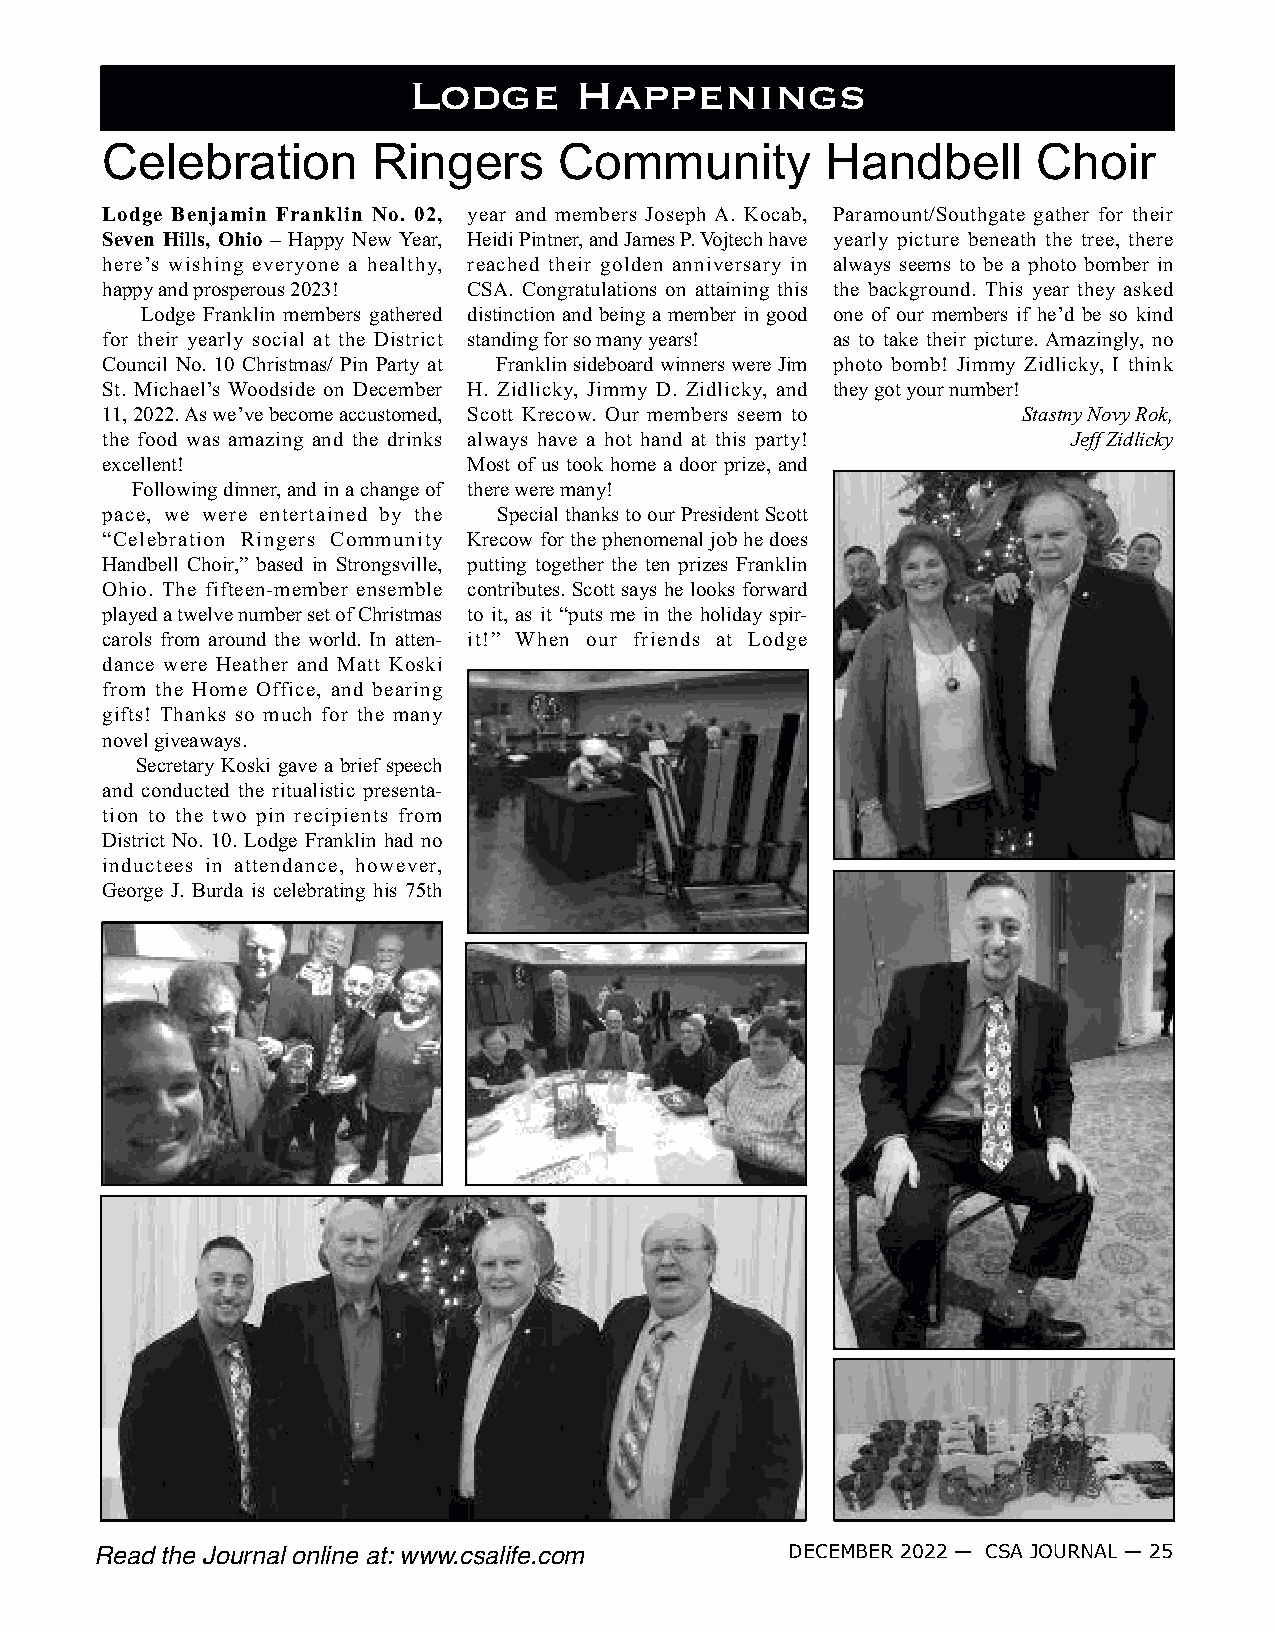
Lodge      Happenings
 Celebration       Ringers     Community         Handbell      Choir
 Lodge Benjamin Franklin No. 02, year and members Joseph A. Kocab, Paramount/Southgate gather for their
 Seven Hills, Ohio – Happy New Year, Heidi Pintner, and James P. Vojtech have yearly picture beneath the tree, there
 here’s wishing everyone a healthy, reached their golden anniversary in always seems to be a photo bomber in
 happy and prosperous 2023! CSA. Congratulations on attaining this the background. This year they asked
 Lodge Franklin members gathered distinction and being a member in good one of our members if he’d be so kind
 for their yearly social at the District standing for so many years! as to take their picture. Amazingly, no
 Council No. 10 Christmas/ Pin Party at Franklin sideboard winners were Jim photo bomb! Jimmy Zidlicky, I think
 St. Michael’s Woodside on December H. Zidlicky, Jimmy D. Zidlicky, and they got your number!
 11, 2022. As we’ve become accustomed, Scott Krecow. Our members seem to Stastny Novy Rok,
 the food was amazing and the drinks always have a hot hand at this party! Jeff Zidlicky
 excellent!              Most of us took home a door prize, and
 Following dinner, and in a change of there were many!
 pace, we were entertained by the Special thanks to our President Scott
 “Celebration Ringers Community Krecow for the phenomenal job he does
 Handbell Choir,” based in Strongsville, putting together the ten prizes Franklin
 Ohio. The fifteen-member ensemble contributes. Scott says he looks forward
 played a twelve number set of Christmas to it, as it “puts me in the holiday spir-
 carols from around the world. In atten- it!” When our friends at Lodge
 dance were Heather and Matt Koski
 from the Home Office, and bearing
 gifts! Thanks so much for the many
 novel giveaways.
 Secretary Koski gave a brief speech
 and conducted the ritualistic presenta-
 tion to the two pin recipients from
 District No. 10. Lodge Franklin had no
 inductees in attendance, however,
 George J. Burda is celebrating his 75th
 DECEMBER 2022 — CSA JOURNAL — 25
 Read the Journal online at: www.csalife.com